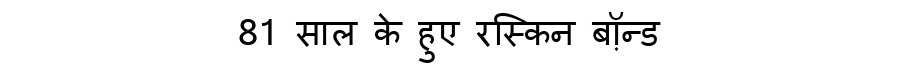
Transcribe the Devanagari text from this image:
81 साल के हुए रस्किन बॉ़न्ड